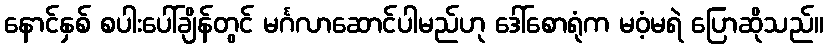
နောင်နှစ် စပါးပေါ်ချိန်တွင် မင်္ဂလာဆောင်ပါမည်ဟု ဒေါ်စောရုံက မဝံ့မရဲ ပြောဆိုသည်။